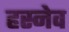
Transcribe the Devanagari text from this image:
हस्नेव